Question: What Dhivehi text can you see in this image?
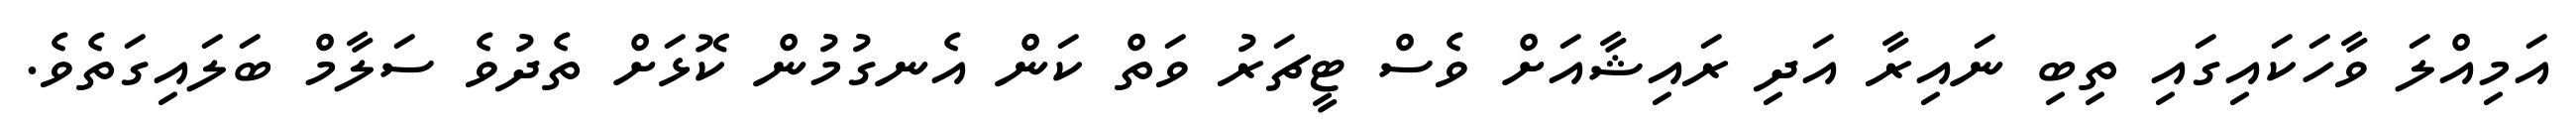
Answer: އަމިއްލަ ވާހަކައިގައި ތިބި ނައިރާ އަދި ރައިޝާއަށް ވެސް ޓީޗަރު ވަތް ކަން އެނގުމުން ކޮޅަށް ތެދުވެ ސަލާމް ބަލައިގަތެވެ.